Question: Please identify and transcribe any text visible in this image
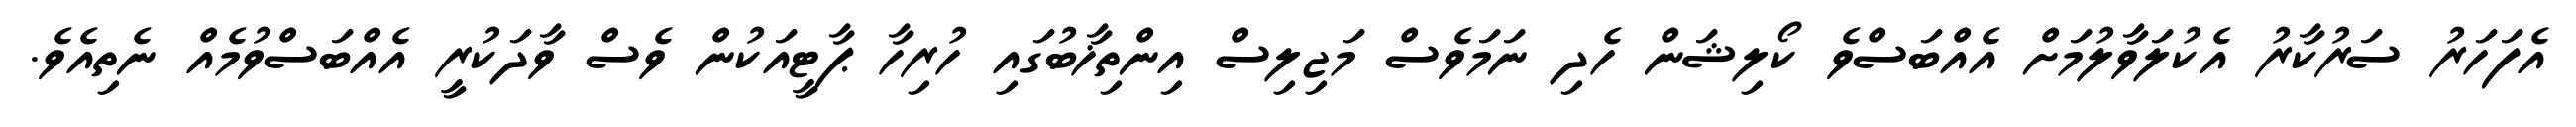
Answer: އެފަހަރު ސަރުކާރު އެކުލަވާލުމަށް އެއްބަސްވެ ކޯލިޝަން ހެދި ނަމަވެސް މަޖިލިސް އިންތިޚާބުގައި ހުރިހާ ޕާޓީއަކުން ވެސް ވާދަކުރީ އެއްބަސްވުމެއް ނެތިއެވެ.